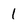
Character: 1